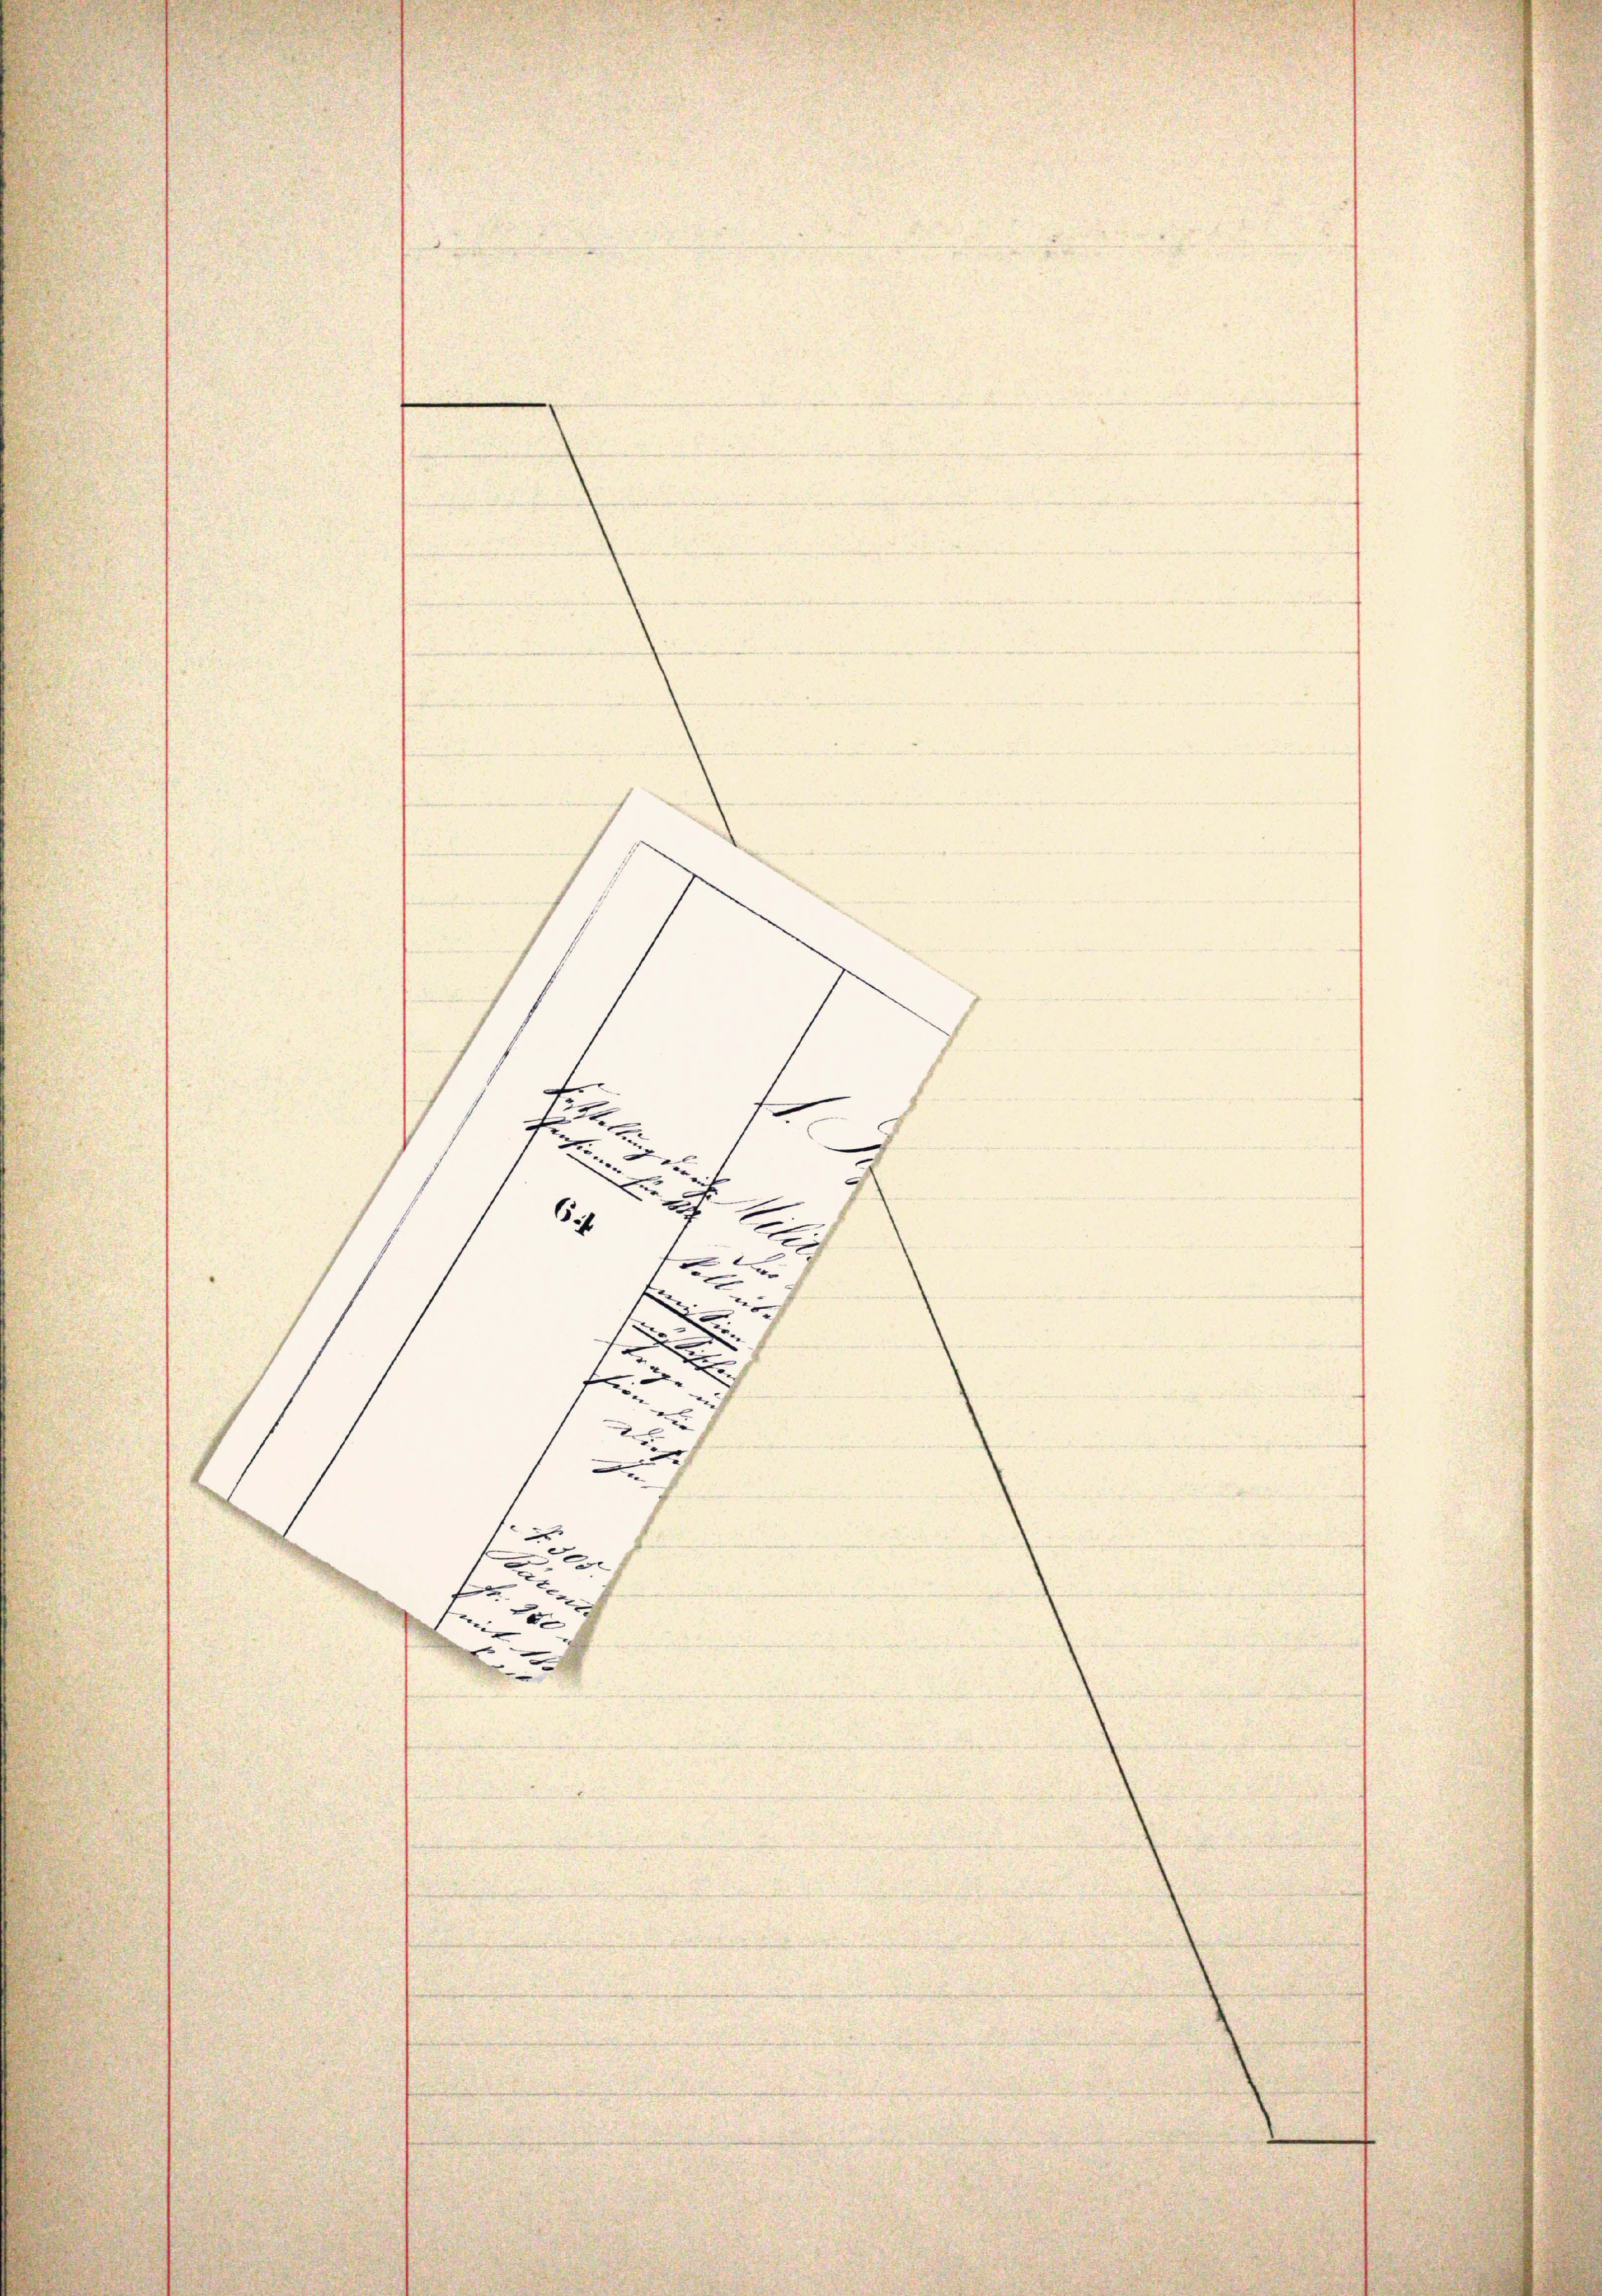
u
.
64
2
f
.
e
E
f
2
Die

x
u.